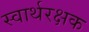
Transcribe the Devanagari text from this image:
स्वार्थरक्षक